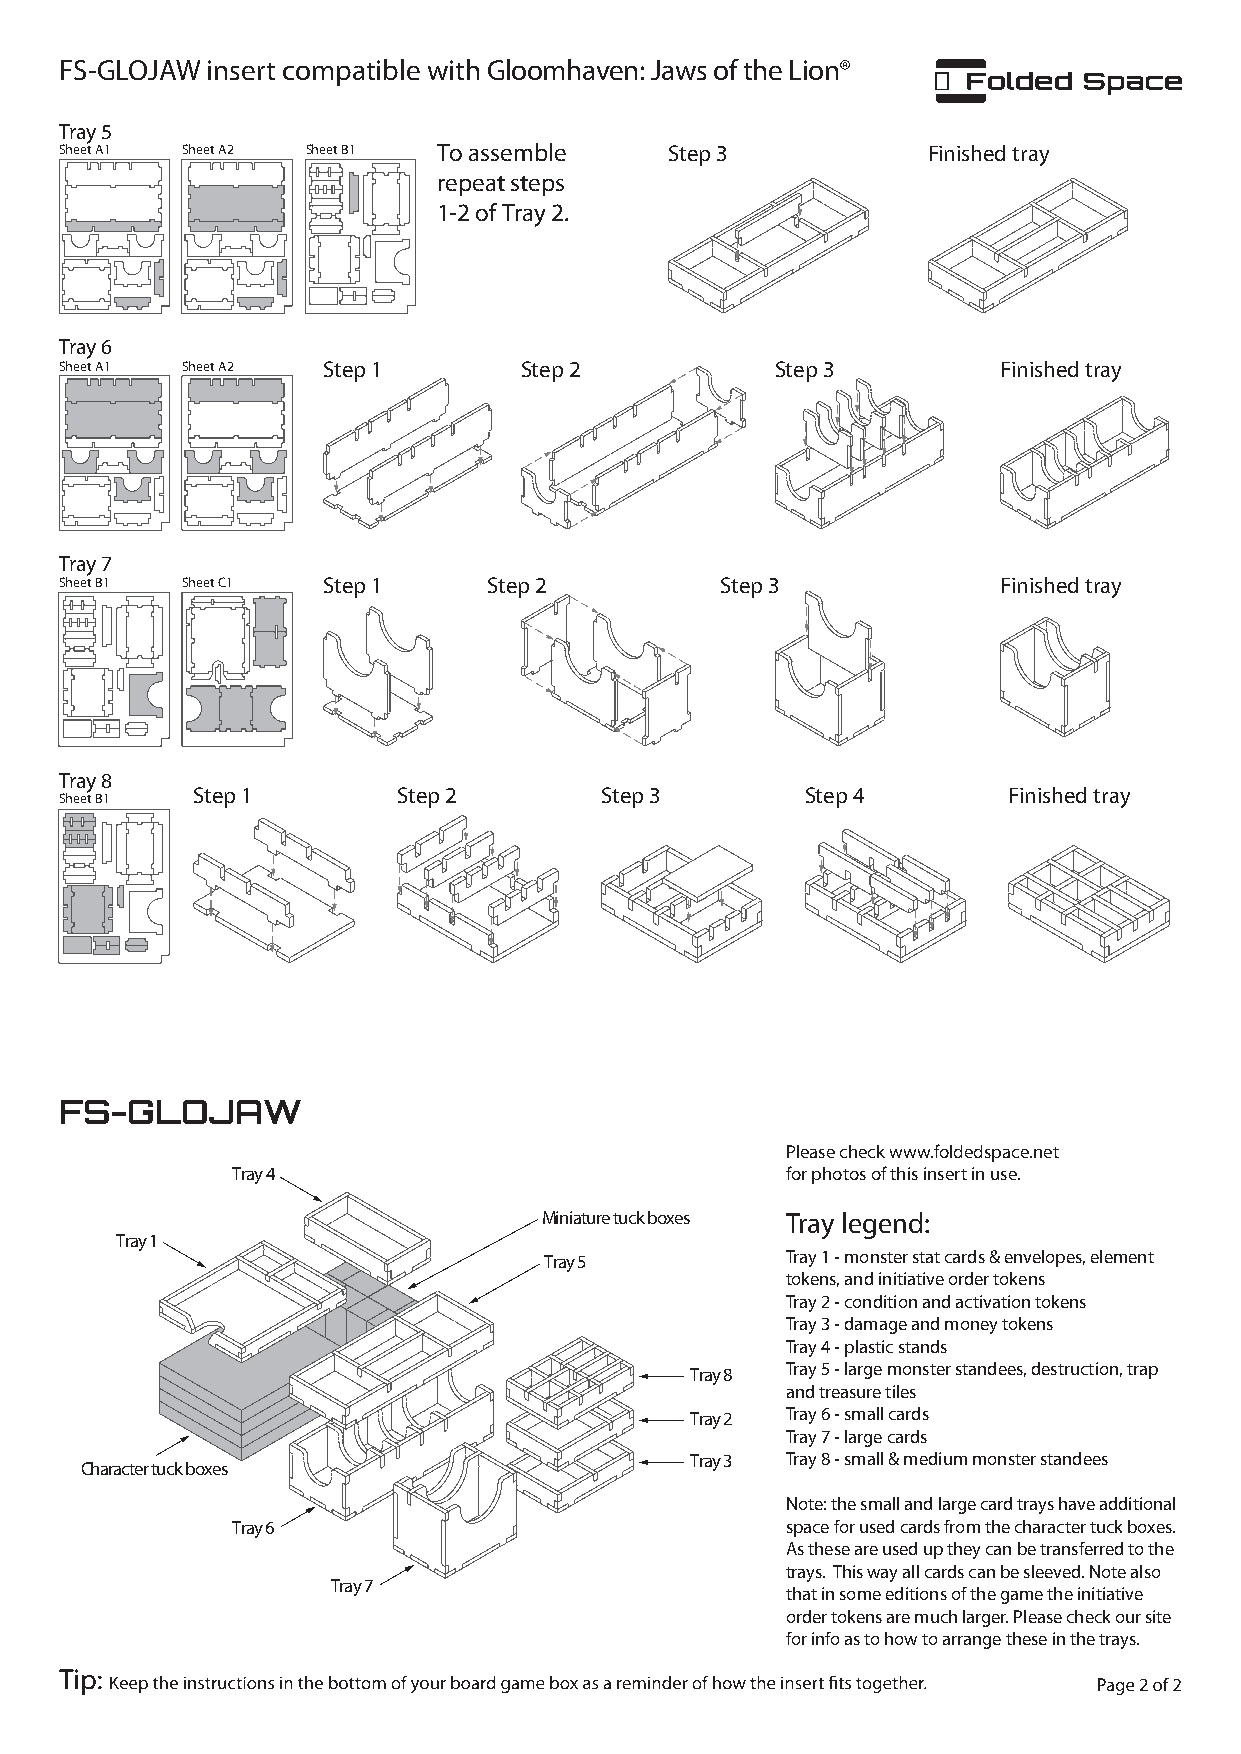
FS-GLOJAW insert compatible with Gloomhaven: Jaws of the Lion®
 Tray 5
 Sheet A1 Sheet A2 Sheet B1 To assemble  Step 3           Finished tray
 repeat steps
 1-2 of Tray 2.
 Tray 6
 Sheet A1 Sheet A2 Step 1      Step 2           Step 3         Finished tray
 Tray 7
 Sheet B1 Sheet C1 Step 1    Step 2          Step 3            Finished tray
 Tray 8
 Step 1       Step 2        Step 3       Step 4        Finished tray
 Sheet B1
 FS-GLOJAW
 Please check www.foldedspace.net
 Tray 4                               for photos of this insert in use.
 Miniature tuck boxes Tray legend:
 Tray 1
 Tray 5          Tray 1 - monster stat cards & envelopes, element
 tokens, and initiative order tokens
 Tray 2 - condition and activation tokens
 Tray 3 - damage and money tokens
 Tray 4 - plastic stands
 Tray 8 Tray 5 - large monster standees, destruction, trap
 and treasure tiles
 Tray 2 Tray 6 - small cards
 Tray 7 - large cards
 Tray 3 Tray 8 - small & medium monster standees
 Character tuck boxes
 Note: the small and large card trays have additional
 Tray 6                               space for used cards from the character tuck boxes.
 As these are used up they can be transferred to the
 trays. This way all cards can be sleeved. Note also
 Tray 7
 that in some editions of the game the initiative
 order tokens are much larger. Please check our site
 for info as to how to arrange these in the trays.